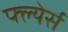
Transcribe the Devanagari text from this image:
फ्ल्येर्स